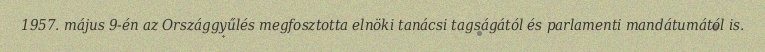
1957. május 9-én az Országgyűlés megfosztotta elnöki tanácsi tagságától és parlamenti mandátumától is.